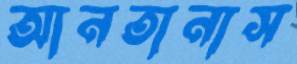
আনতানাস